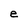
Character: e